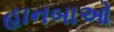
હાનબાઓ